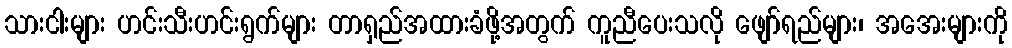
သားငါးများ ဟင်းသီးဟင်းရွက်များ တာရှည်အထားခံဖို့အတွက် ကူညီပေးသလို ဖျော်ရည်များ၊ အအေးများကို